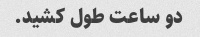
دو ساعت طول کشید.